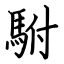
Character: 駙